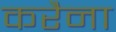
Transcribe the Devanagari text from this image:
करैना